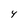
Character: 4